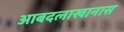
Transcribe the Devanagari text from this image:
आबदलाखानास